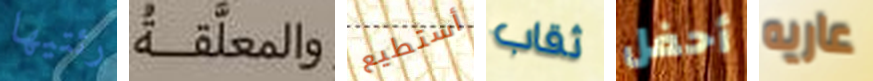
رئتيها والمعلقة أستطيع ثقاب أحفل عاريه